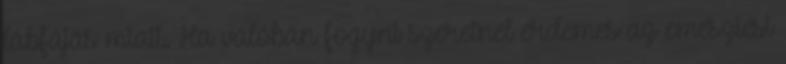
lábfájás miatt. Ha valóban fogyni szeretnél érdemes az emésztést